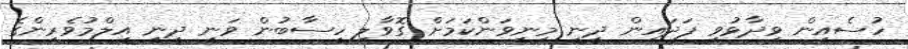
ހުސެއިން ވިދާޅުވި ފަދައިން ދީނީ މިނިވަންކަމަށް ގޮވާލި ހިސާބުން ވަނީ ދީނީ އިލްމުވެރިންގެ